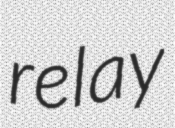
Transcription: relay